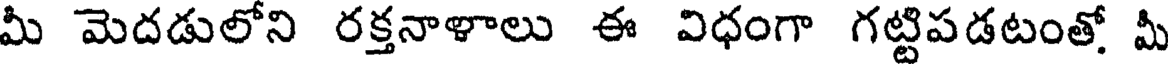
మీ మెదడులోని రక్తనాళాలు ఈ విధంగా గట్టిపడటంతో మీ